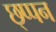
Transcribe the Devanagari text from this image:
छ्प्पन